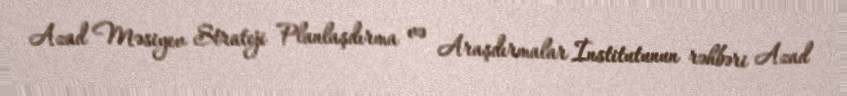
Azad Məsiyev Strateji Planlaşdırma və Araşdırmalar İnstitutunun rəhbəri Azad